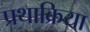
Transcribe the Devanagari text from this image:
प्रथाक्रिया